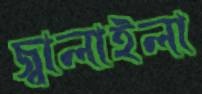
জ্বালাইলা